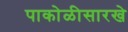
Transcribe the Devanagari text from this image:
पाकोळीसारखे